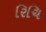
રિચિ